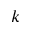
k